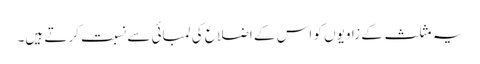
یہ مثلث کے زاویوں کو اس کے اضلاع کی لمبائی سے نسبت کرتے ہیں۔